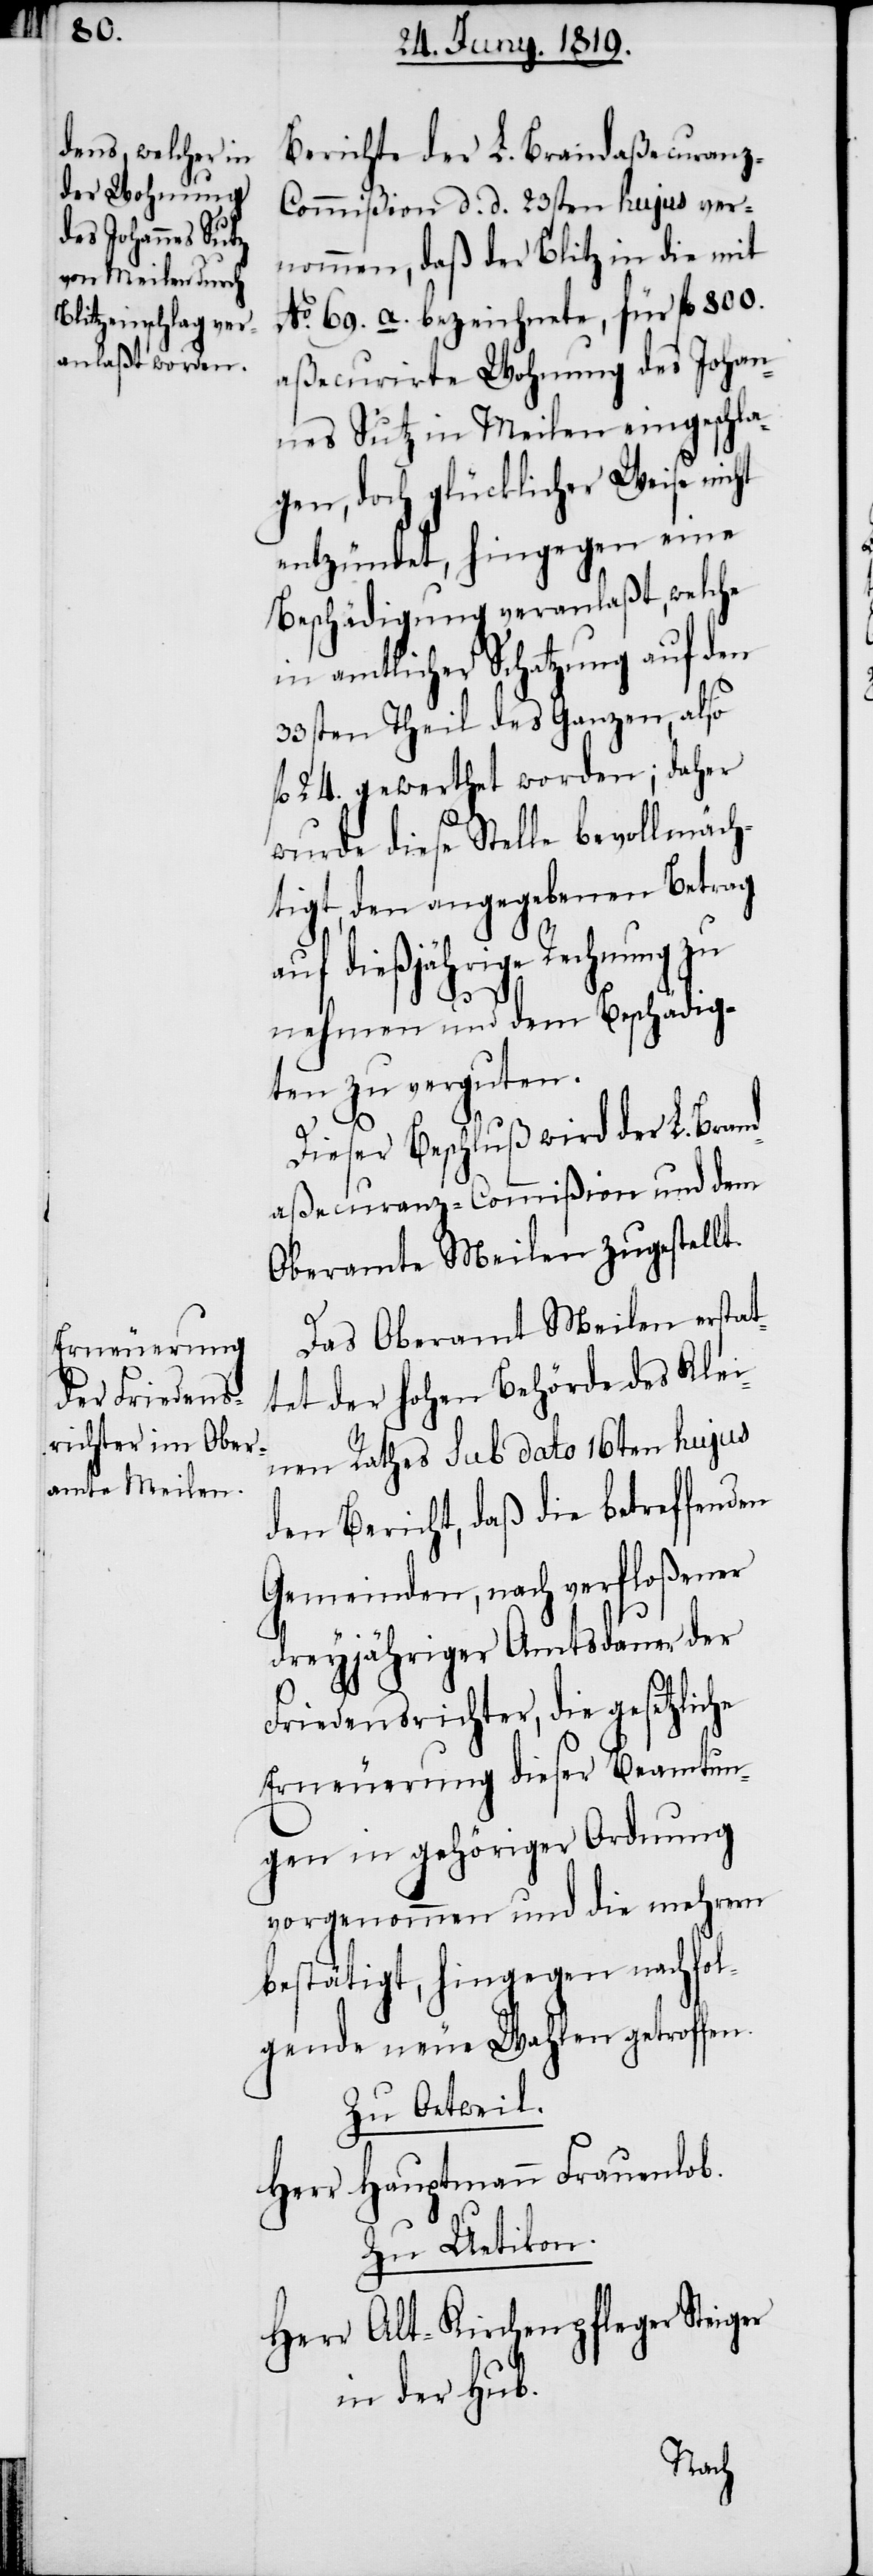
Berichte der L. Brandaßecuran¬
z-Commißion d. d. 23sten hujus ver¬
nommen, daß der Blitz in die mit
No. 69. a. bezeichnete, für fl. 800.
aßecurirte Wohnung des Johan¬
nes Sutz in Meilen eingeschla¬
gen, doch glücklicher Weise nicht
entzündet, hingegen eine
Beschädigung veranlaßt, welche
in amtlicher Schatzung auf den
33sten Theil des Ganzen, also
fl. 24. gewerthet worden; daher
wurde diese Stelle bevollmäch¬
tigt, den angegebenen Betrag
auf dießjährige Rechnung zu
nehmen und dem Beschädig¬
ten zu verguten.
Dieser Beschluß wird der L. Bran¬
daßecuranz-Commißion und dem
Oberamte Meilen zugestellt.
Das Oberamt Meilen erstat¬
tet der hohen Behörde des Klei¬
nen Rathes sub dato 16ten hujus
den Bericht, daß die betreffenden
Gemeinden, nach verfloßener
dreyjähriger Amtsdauer der
Friedensrichter, die gesetzliche
Erneuerung dieser Beamtun¬
gen in gehöriger Ordnung
vorgenommen und die mehrern
bestätigt, hingegen nachfol¬
gende neue Wahlen getroffen.
Zu Oetweil.
Herr Hauptmann Frauenlob.
Zu Uetikon.
Herr Alt-Kirchenpfleger Steiger
in der Hub.